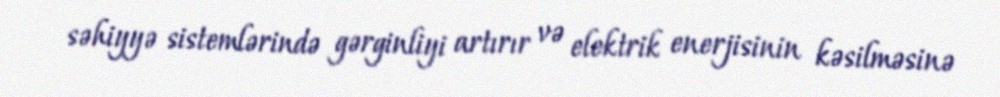
səhiyyə sistemlərində gərginliyi artırır və elektrik enerjisinin kəsilməsinə